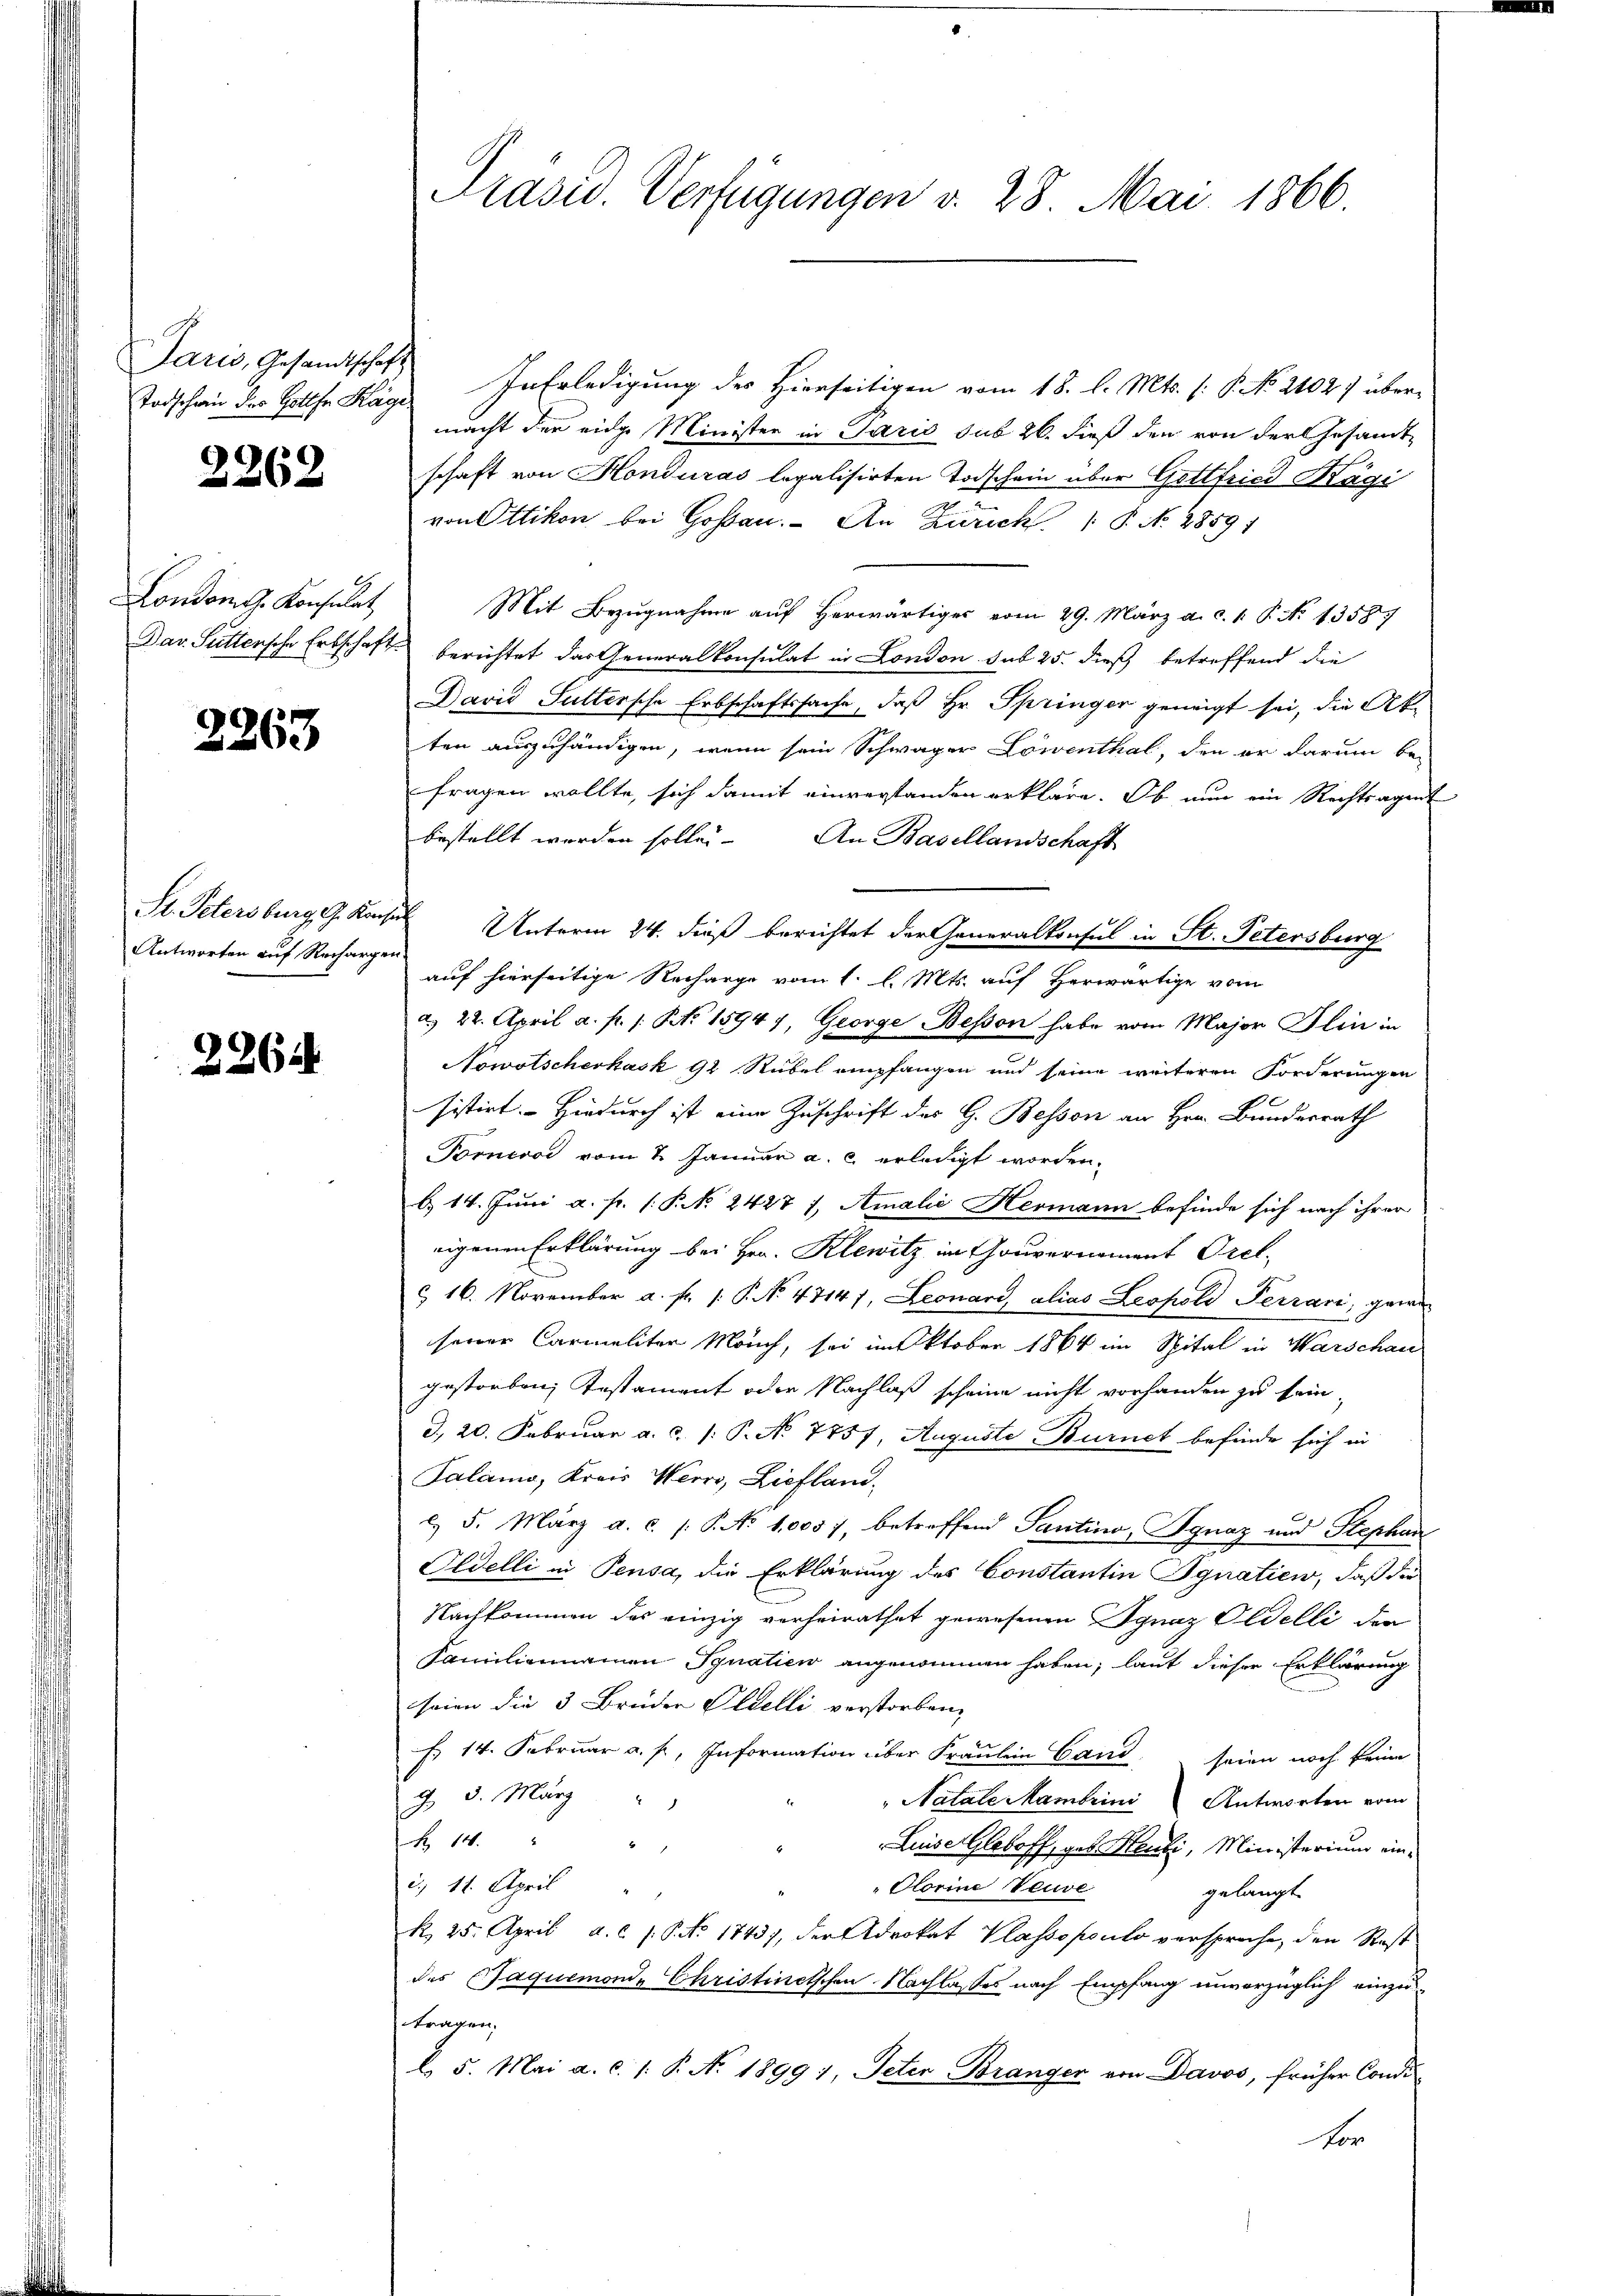
Paris, Gesandtschaft

2262

Londom g. Konsulat

2263

Antworten auf Rechargen

2261

Todschwie der Gottha Häge In Erledigung der Hierseitigen vom 18. l. Mts. (: P. NNo. 2102) übermacht der eidge Minister in Paris sub 26. dieß den von der Gesandt-
schaft von Honduras legalisirten Todschein über Gottfried Kägi
von Ottikon bei Goßau. An Zürich /: P. Nr. 28591
Mit Bezugnahme auf herwärtiges vom 29. März a. c. 1. P. No 13587
Dav. Suttersche Erbschaft berichtet das Generalkonsulat in London sub 25. dieß betreffend die
David Suttersche Erbschaftssache, daß Hr. Springer geneigt sei, die Ak-
ten auszuhändigen, wenn sein Schwager Löwenthal, den er darum be-
fragen wollte, sich damit einverstanden erkläre. Ob nun ein Rechtsagent
bestellt werden solle. An Basellandschaft
St. Petersburg G. Konsul Unterm 24. dieß berichtet der Generalkonsul in St. Petersburg
auf hierseitige Recharge vom 1. l. Mts. auf Herwärtige vom
a) 22. April a. f. 1: No 15947, George Bessen habe vom Major Flin in
Nowotscherkask 92 Rubel empfangen und seine weiteren Forderungen
sistirt. Hiedurch ist eine Zuschrift des G. Bessen an Hrn. Bundesrath
Porneros vom 2. Januar a. c. erledigt worden.
b. 14. Juni a. pr. [§ 2427 1, Amalie Hermann befinde sich nach ihrer
eigenen Erklärung bei Hrn. Klewitz in Gouvernoment Orel
& 16. November a. f. 1: P. No. 47147, Leonard, alias Leopold Perrari ganz
seiner Carmalitär Manch, sei im Oktober 1864 im Spital in Warschau
gestorben, Testament oder Nachlaß scheine nicht vorhanden zu sein,
I., 20. Februar a. c. /: P. No 7757. Auguste Burnet befinde sich in
Palamo, Kreis Werro, Liefland.
c. 5. März a. c. /: P. No 1,005), betreffend Santino, Ignaz und Stephan
Oldelli in Pensa, die Erklärung des Constantin Ignatien, daß die
Nachkommen des einzig verheirathet gewesenen Ignaz Oldelli der
Familiennamen Synatien angenommen haben, laut dieser Erklärung
seien die 3 Brüder Pedelli verstorben.
fs 14. Februar a. p., Information über Fräulein Cand, seien noch keine
G. 3. März
"Natale Mambrini Antworten vom
R 10.
Luise Gleboff, geb. Menti, Ministerium ein¬

Korine Veuve
i. 11. April "
gelangt.
k. 25. April a. c. /: No 1743), der Advokat Plassopoulo versproche, den Rest
des Paquemonde Christinetschen Nachlasses nach Empfang unvorzüglich einzutragen;
d. 5. Mai a. c. 1. P. N. 1899 1, Peter Branger von Davos, früher Condi-
Fo

Präsid. Verfügungen d. 28. Mai 1866.